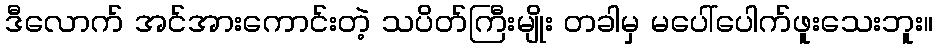
ဒီလောက် အင်အားကောင်းတဲ့ သပိတ်ကြီးမျိုး တခါမှ မပေါ်ပေါက်ဖူးသေးဘူး။